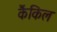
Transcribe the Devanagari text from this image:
कैंकिल